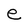
Character: e